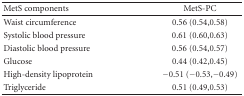
<table><thead><tr><td><b>MetS components</b></td><td><b>MetS-PC</b></td></tr></thead><tbody><tr><td> Waist circumference</td><td>0.56 (0.54,0.58)</td></tr><tr><td>Systolic blood pressure</td><td>0.61 (0.60,0.63)</td></tr><tr><td>Diastolic blood pressure</td><td>0.56 (0.54,0.57)</td></tr><tr><td>Glucose</td><td>0.44 (0.42,0.45)</td></tr><tr><td>High-density lipoprotein</td><td>−0.51 (−0.53,−0.49)</td></tr><tr><td>Triglyceride</td><td>0.51 (0.49,0.53)</td></tr></tbody></table>